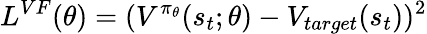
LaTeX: L^{VF}(\theta)=(V^{\pi_{\theta}}(s_{t};\theta)-V_{target}(s_{t}))^{2}